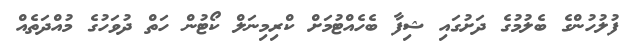
ފުލުހުންގެ ބެލުމުގެ ދަށުގައި ޝިފާ ބެހެއްޓުމަށް ކްރިމިނަލް ކޯޓުން ހަތް ދުވަހުގެ މުއްދަތެއް